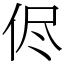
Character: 侭